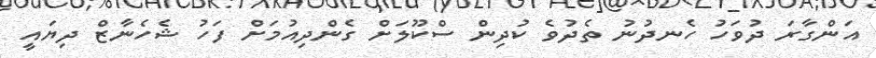
އަންގާރަ ދުވަހު ހެނދުނު ތެދުވެ ކުދިން ސްކޫލަށް ގެންދިއުމަށް ފަހު ޝެހެނާޒް ދިޔައީ